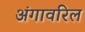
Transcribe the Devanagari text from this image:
अंगावरिल